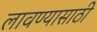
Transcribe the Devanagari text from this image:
लावण्‍यासाठी